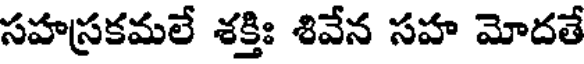
సహస్రకమలే శక్తిః శివేన సహ మోదతే